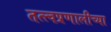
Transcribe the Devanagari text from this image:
तत्त्वप्रणालीच्या